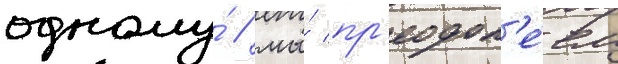
одному́ / мы́ пр'еодол'е́ем